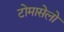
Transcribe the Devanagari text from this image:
टोमासेलो